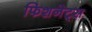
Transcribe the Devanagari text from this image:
फिशनेट्स